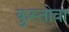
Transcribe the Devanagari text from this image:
कुस्तोवा